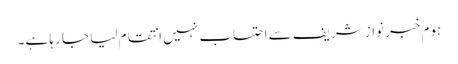
ہوم خبر نواز شریف سے احتساب نہیں انتقام لیا جا رہا ہے۔